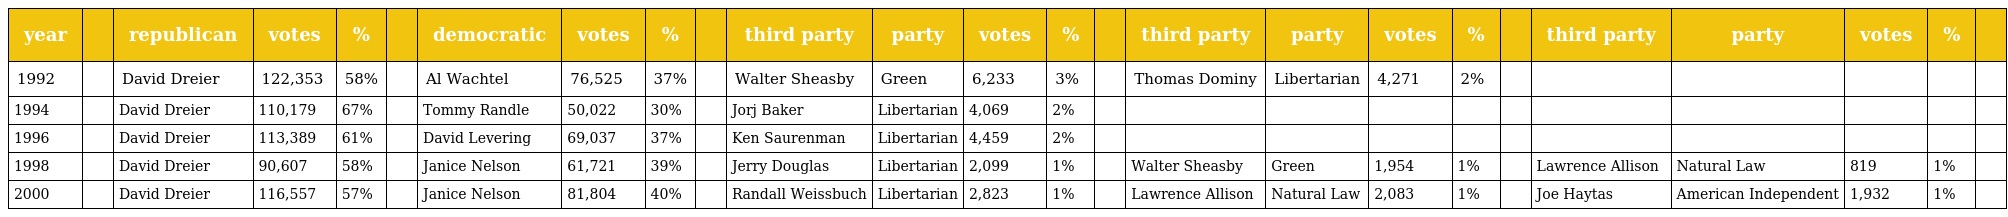
| year |  | republican | votes | % |  | democratic | votes | % |  | third party | party | votes | % |  | third party | party | votes | % |  | third party | party | votes | % |  |
 | --- | --- | --- | --- | --- | --- | --- | --- | --- | --- | --- | --- | --- | --- | --- | --- | --- | --- | --- | --- | --- | --- | --- | --- | --- |
 | 1992 |  | David Dreier | 122,353 | 58% |  | Al Wachtel | 76,525 | 37% |  | Walter Sheasby | Green | 6,233 | 3% |  | Thomas Dominy | Libertarian | 4,271 | 2% |  |  |  |  |  |  |
 | 1994 |  | David Dreier | 110,179 | 67% |  | Tommy Randle | 50,022 | 30% |  | Jorj Baker | Libertarian | 4,069 | 2% |  |  |  |  |  |  |  |  |  |  |  |
 | 1996 |  | David Dreier | 113,389 | 61% |  | David Levering | 69,037 | 37% |  | Ken Saurenman | Libertarian | 4,459 | 2% |  |  |  |  |  |  |  |  |  |  |  |
 | 1998 |  | David Dreier | 90,607 | 58% |  | Janice Nelson | 61,721 | 39% |  | Jerry Douglas | Libertarian | 2,099 | 1% |  | Walter Sheasby | Green | 1,954 | 1% |  | Lawrence Allison | Natural Law | 819 | 1% |  |
 | 2000 |  | David Dreier | 116,557 | 57% |  | Janice Nelson | 81,804 | 40% |  | Randall Weissbuch | Libertarian | 2,823 | 1% |  | Lawrence Allison | Natural Law | 2,083 | 1% |  | Joe Haytas | American Independent | 1,932 | 1% |  |